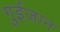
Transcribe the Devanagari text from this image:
गुईजान